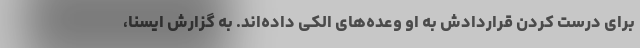
برای درست کردن قراردادش به او وعده‌های الکی داده‌اند. به گزارش ایسنا،